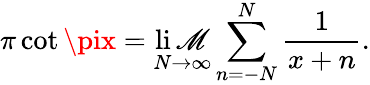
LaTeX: \pi\cot\pix=\operatorname*{li\mathscr{M}}_{N\to\infty}\sum_{n=-N}^{N}{\frac{{1}}{{x+n}}}.